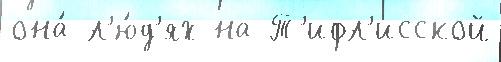
она́ л'ю́д'ях на Т'ифл'исской